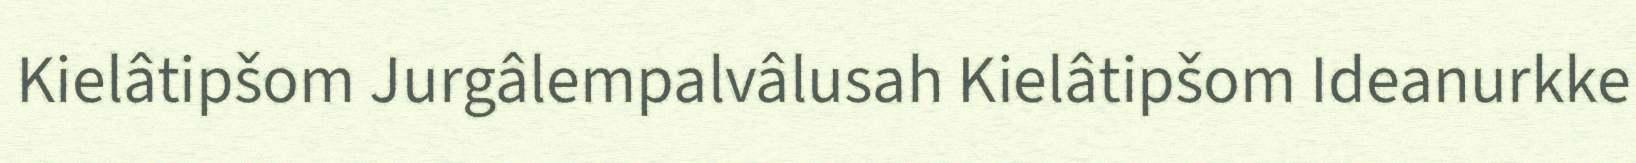
Kielâtipšom Jurgâlempalvâlusah Kielâtipšom Ideanurkke